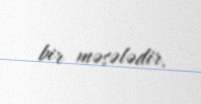
bir məsələdir.